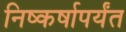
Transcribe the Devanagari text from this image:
निष्कर्षापर्यंत